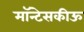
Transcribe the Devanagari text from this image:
मॉन्टेसकीऊ